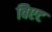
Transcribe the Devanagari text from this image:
विएट